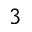
^ 3